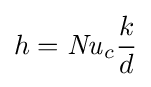
h={\mathit {Nu}}_{c}{\frac {k}{d}}